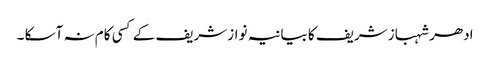
ادھر شہباز شریف کا بیانیہ نوازشریف کے کسی کام نہ آسکا ۔